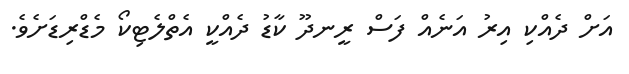
އަށް ދެއްކި އިރު އަނެއް ފަސް ރީނދޫ ކާޑު ދެއްކީ އެތްލެޓިކޯ މެޑްރިޑަށެވެ.